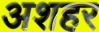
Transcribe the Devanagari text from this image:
अशहर